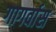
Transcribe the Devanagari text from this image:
गागर्वास